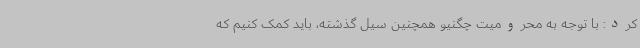
کرد: با توجه به محرومیت چگنیو همچنین سیل گذشته، باید کمک کنیم که